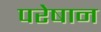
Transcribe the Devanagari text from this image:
परेषान